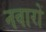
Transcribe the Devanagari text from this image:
नवारों